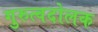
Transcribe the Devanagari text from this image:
गुरुत्वदोलक